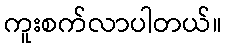
ကူးစက်လာပါတယ်။